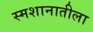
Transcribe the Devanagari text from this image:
स्मशानातीला